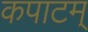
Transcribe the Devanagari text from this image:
कपाटम्